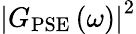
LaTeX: \left|G_{\mathrm{PSE}}\left(\omega\right)\right|^{2}